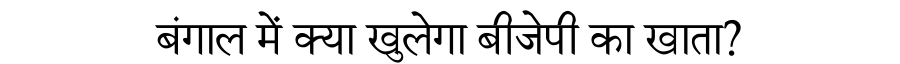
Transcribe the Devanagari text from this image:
बंगाल में क्या खुलेगा बीजेपी का खाता?